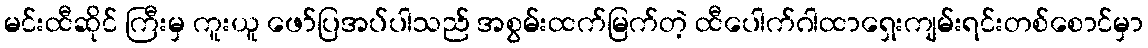
မင်းထီဆိုင် ကြီးမှ ကူးယူ ဖော်ပြအပ်ပါသည် အစွမ်းထက်မြက်တဲ့ ထီပေါက်ဂါထာရှေးကျမ်းရင်းတစ်စောင်မှာ